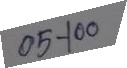
05 - 100